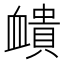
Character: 𧗏